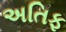
અતિફ